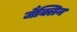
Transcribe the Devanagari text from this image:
जैक्लिन